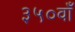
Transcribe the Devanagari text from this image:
३५०वाँ